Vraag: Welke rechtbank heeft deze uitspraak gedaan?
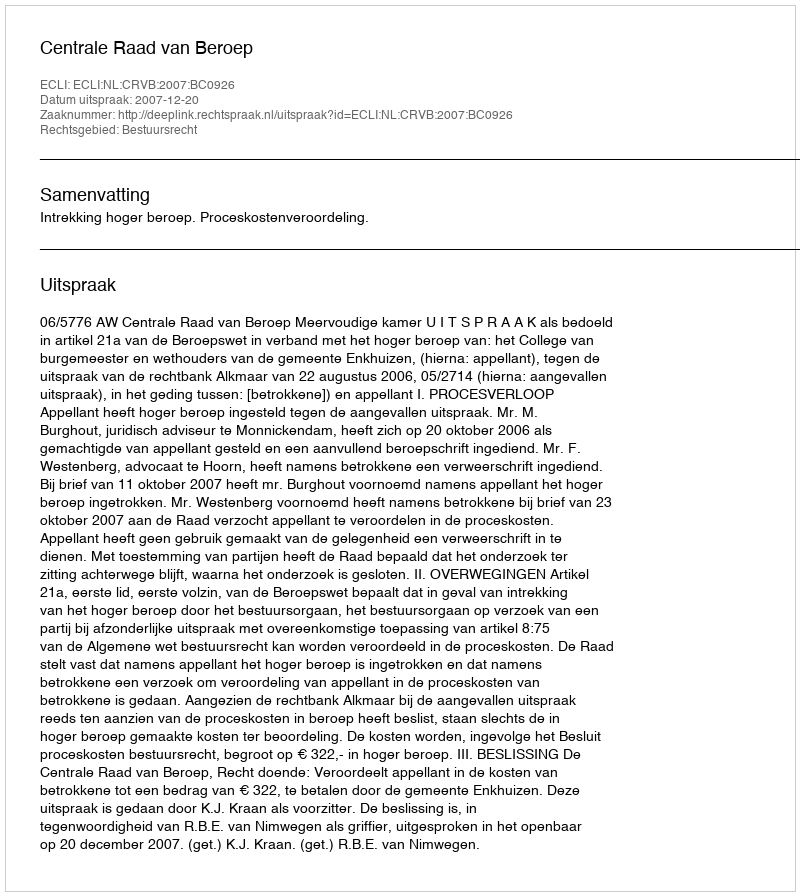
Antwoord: Centrale Raad van Beroep